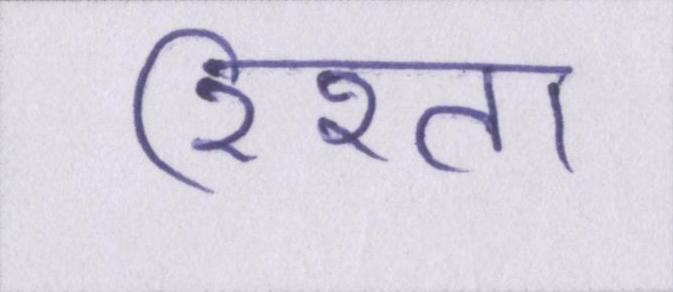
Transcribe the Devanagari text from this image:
रिश्ता